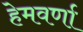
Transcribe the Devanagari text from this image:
हेमवर्णा